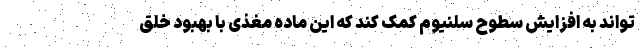
تواند به افزایش سطوح سلنیوم کمک کند که این ماده مغذی با بهبود خلق